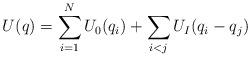
LaTeX: \begin{align*}U(q)=\sum_{i=1}^N U_0(q_i) + \sum_{i< j} U_I(q_i -q_j)\end{align*}